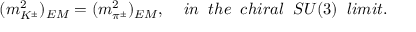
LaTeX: ( m _ { K ^ { \pm } } ^ { 2 } ) _ { E M } = ( m _ { \pi ^ { \pm } } ^ { 2 } ) _ { E M } , \; \; \; \; { i n \; \; t h e \; \; c h i r a l \; \; S U ( 3 ) \; \; l i m i t . }